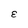
Character: E